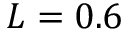
L = 0 . 6